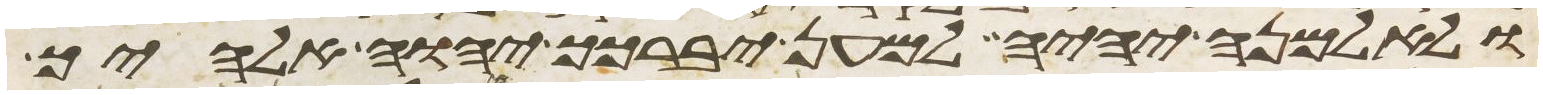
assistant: ולאלמנה יהיה למען יברכך יהוה אלהיך